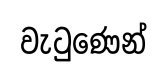
වැටුණෙන්